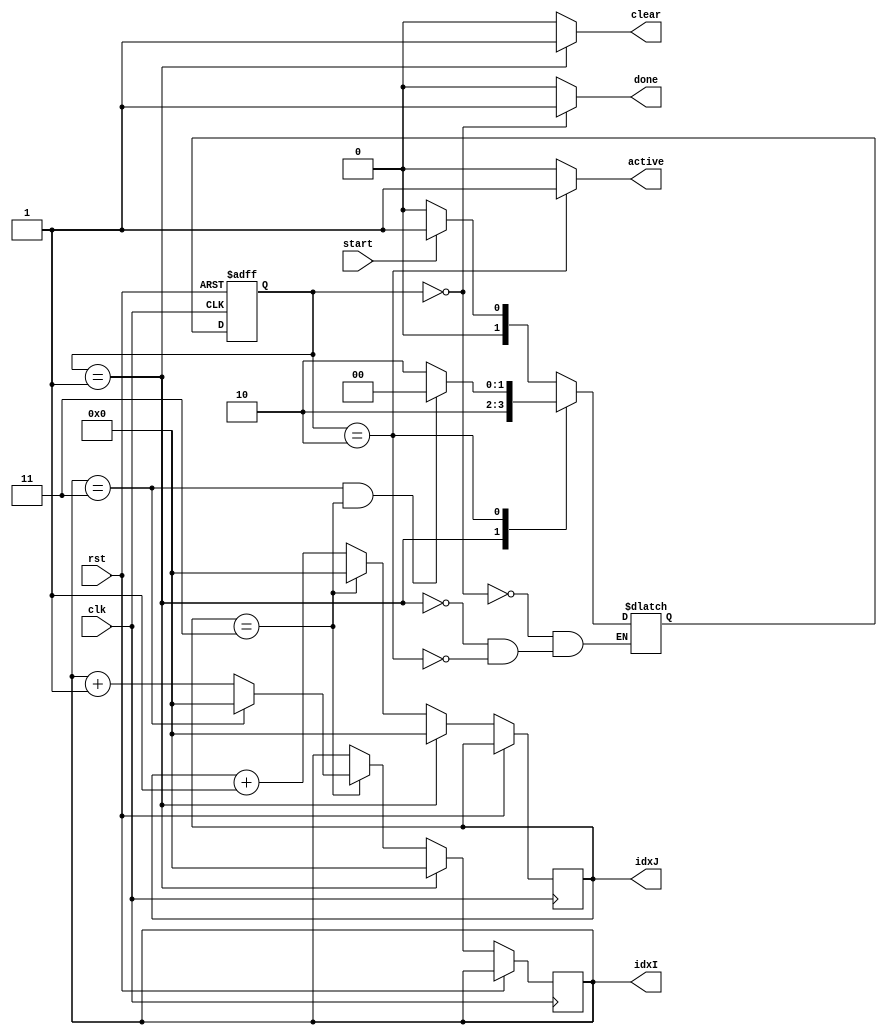
`define DONE  2'b00
`define CLEAR 2'b01
`define CALC  2'b10

module PE_ControlUnit(
    clk, rst, start,
    clear, active, done, idxI, idxJ 
);

    parameter KERNEL_SIZE = 4;

    input wire[0:0] clk, rst, start;
    
    output reg[0:0]  clear, active, done;
    output reg[31:0] idxI, idxJ;


    reg[1:0] ps, ns;

    always @(posedge clk, posedge rst) begin
        if(rst) begin
            ps <= `DONE;
        end
        else begin
            ps   <= ns;
            idxI <= (ps == `CLEAR) ? 32'b0  :
                    (idxJ == KERNEL_SIZE-1) ? (idxI == KERNEL_SIZE-1) ? 32'b0 : idxI+1 : idxI;
            
            idxJ <= (ps == `CLEAR) ? 32'b0  :
                    (idxJ == KERNEL_SIZE-1) ? 32'b0 : idxJ+1; 
        end
    end

    always @(*) begin
        case(ps)
            `DONE : ns = (start) ? `CLEAR : `DONE;
            `CLEAR: ns = `CALC;
            `CALC : ns = (idxI == KERNEL_SIZE-1 && idxJ == KERNEL_SIZE-1) ? `DONE : `CALC;
        endcase
    end

    always @(*) begin
        done   = 1'b0;
        clear  = 1'b0;
        active = 1'b0;
        case(ps)
            `DONE: begin
                done = 1'b1;
            end
            `CLEAR: begin
                 clear = 1'b1;
            end
            `CALC: begin
                active = 1'b1;
            end
        endcase
    end

endmodule